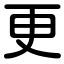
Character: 更